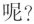
呢?